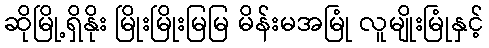
ဆိုမြို့ရှိနိုး မြိုးမြိုးမြမြ မိန်းမအမြုံ လူမျိုးမြုံနှင့်